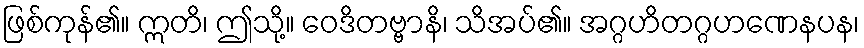
ဖြစ်ကုန်၏။ ဣတိ၊ ဤသို့။ ဝေဒိတဗ္ဗာနိ၊ သိအပ်၏။ အဂ္ဂဟိတဂ္ဂဟဏေနပန၊